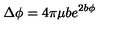
\Delta \phi = 4 \pi \mu b e ^ { 2 b \phi }